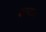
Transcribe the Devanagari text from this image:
बल्दछ।